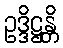
ဥဒ္ဒိဋ္ဌန္တိ